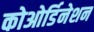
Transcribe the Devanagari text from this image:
कोओर्डिनेशन